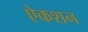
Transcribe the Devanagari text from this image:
ऐकशन